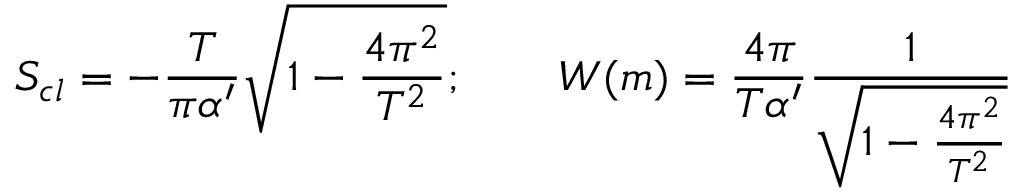
S _ { c l } = - \frac { T } { \pi \alpha ^ { \prime } } { \sqrt { 1 - \frac { 4 \pi ^ { 2 } } { T ^ { 2 } } } } ; \qquad W ( m ) = \frac { 4 \pi } { T \alpha ^ { \prime } } \frac { 1 } { \sqrt { 1 - \frac { 4 \pi ^ { 2 } } { T ^ { 2 } } } }